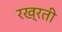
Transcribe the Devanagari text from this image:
रख्रती